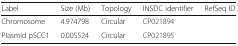
<table><thead><tr><td><b>Label</b></td><td><b>Size (Mb)</b></td><td><b>Topology</b></td><td><b>INSDC identifier</b></td><td><b>RefSeq ID</b></td></tr></thead><tbody><tr><td>Chromosome</td><td>4.974798</td><td>Circular</td><td>CP021894</td><td></td></tr><tr><td>Plasmid pSCC1</td><td>0.005524</td><td>Circular</td><td>CP021895</td><td></td></tr></tbody></table>